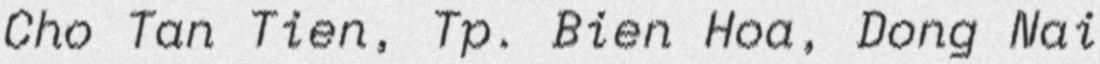
Cho Tan Tien, Tp. Bien Hoa, Dong Nai